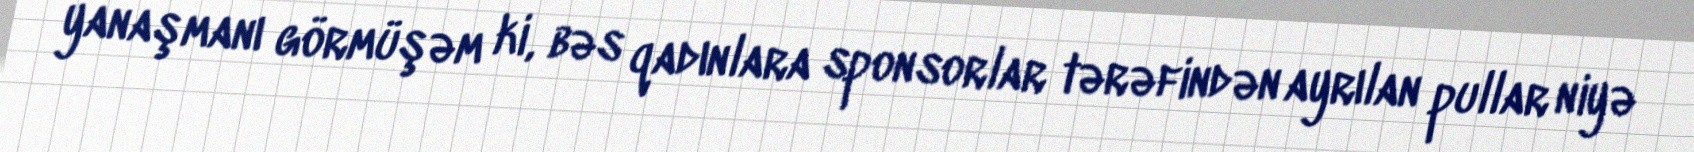
yanaşmanı görmüşəm ki, bəs qadınlara sponsorlar tərəfindən ayrılan pullar niyə